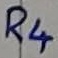
Text: R4